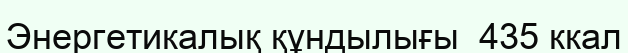
Энергетикалық құндылығы  435 ккал